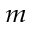
_ m